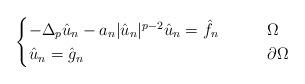
LaTeX: \begin{align*} \begin{cases}- \Delta_p \hat{u}_n - a_n |\hat{u}_n|^{p-2}\hat{u}_n = \hat{f}_n \qquad& \Omega\\\hat{u}_n=\hat{g}_n & \partial \Omega\end{cases}\end{align*}